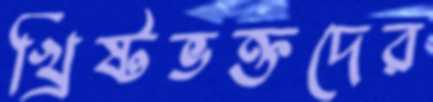
খ্রিষ্টভক্তদের